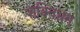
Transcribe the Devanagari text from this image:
शक्तिभ्रम